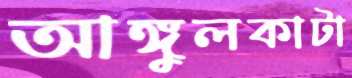
আঙ্গুলকাটা